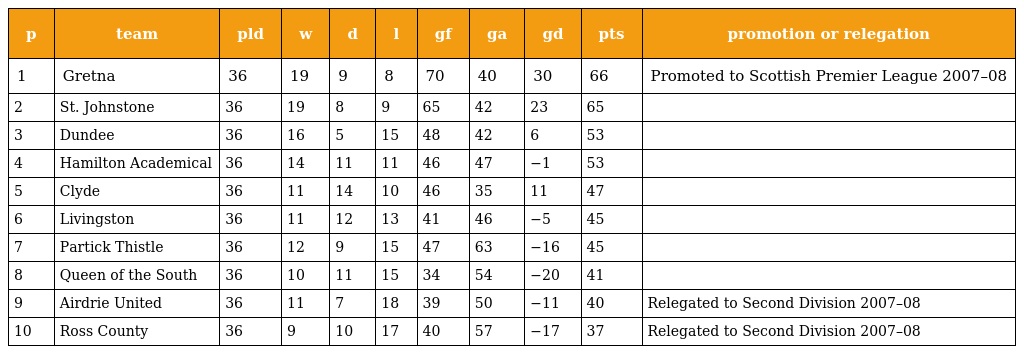
| p | team | pld | w | d | l | gf | ga | gd | pts | promotion or relegation |
 | --- | --- | --- | --- | --- | --- | --- | --- | --- | --- | --- |
 | 1 | Gretna | 36 | 19 | 9 | 8 | 70 | 40 | 30 | 66 | Promoted to Scottish Premier League 2007–08 |
 | 2 | St. Johnstone | 36 | 19 | 8 | 9 | 65 | 42 | 23 | 65 |  |
 | 3 | Dundee | 36 | 16 | 5 | 15 | 48 | 42 | 6 | 53 |  |
 | 4 | Hamilton Academical | 36 | 14 | 11 | 11 | 46 | 47 | −1 | 53 |  |
 | 5 | Clyde | 36 | 11 | 14 | 10 | 46 | 35 | 11 | 47 |  |
 | 6 | Livingston | 36 | 11 | 12 | 13 | 41 | 46 | −5 | 45 |  |
 | 7 | Partick Thistle | 36 | 12 | 9 | 15 | 47 | 63 | −16 | 45 |  |
 | 8 | Queen of the South | 36 | 10 | 11 | 15 | 34 | 54 | −20 | 41 |  |
 | 9 | Airdrie United | 36 | 11 | 7 | 18 | 39 | 50 | −11 | 40 | Relegated to Second Division 2007–08 |
 | 10 | Ross County | 36 | 9 | 10 | 17 | 40 | 57 | −17 | 37 | Relegated to Second Division 2007–08 |